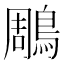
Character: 鵰